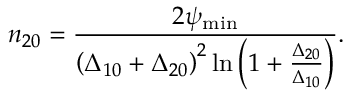
n _ { 2 0 } = \frac { 2 \psi _ { \operatorname* { m i n } } } { \left( \Delta _ { 1 0 } + \Delta _ { 2 0 } \right) ^ { 2 } \ln \left( 1 + \frac { \Delta _ { 2 0 } } { \Delta _ { 1 0 } } \right) } .